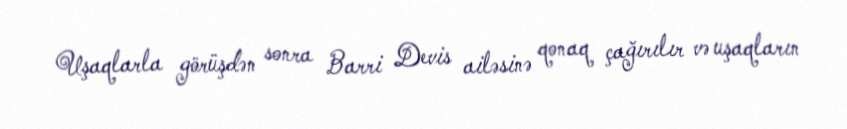
Uşaqlarla görüşdən sonra Barri Devis ailəsinə qonaq çağırılır və uşaqların